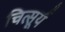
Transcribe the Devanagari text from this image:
चित्सूर्य